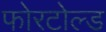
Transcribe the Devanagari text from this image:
फोरटोल्‍ड